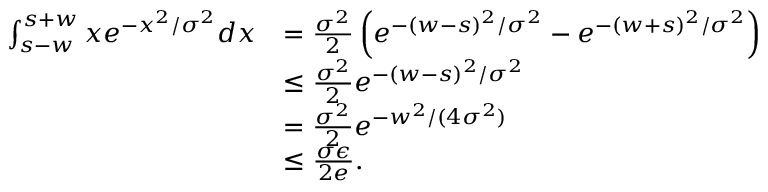
\begin{array} { r l } { \int _ { s - w } ^ { s + w } x e ^ { - x ^ { 2 } / \sigma ^ { 2 } } d x } & { = \frac { \sigma ^ { 2 } } { 2 } \left( e ^ { - ( w - s ) ^ { 2 } / \sigma ^ { 2 } } - e ^ { - ( w + s ) ^ { 2 } / \sigma ^ { 2 } } \right) } \\ & { \le \frac { \sigma ^ { 2 } } { 2 } e ^ { - ( w - s ) ^ { 2 } / \sigma ^ { 2 } } } \\ & { = \frac { \sigma ^ { 2 } } { 2 } e ^ { - w ^ { 2 } / ( 4 \sigma ^ { 2 } ) } } \\ & { \le \frac { \sigma \epsilon } { 2 e } . } \end{array}